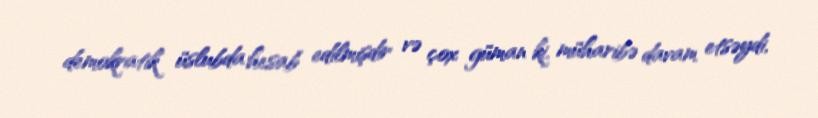
demokratik üslubda hesab edilmişdir və çox güman ki, müharibə davam etsəydi,